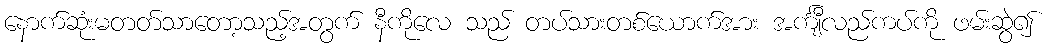
နောက်ဆုံးမတတ်သာတော့သည့်အတွက် နီကိုလေ သည် တပ်သားတစ်ယောက်အား အင်္ကျီလည်ကပ်ကို ဖမ်းဆွဲ၍